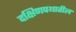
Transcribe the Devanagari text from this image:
दक्षिणपथातील